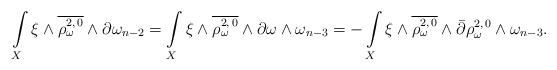
\begin{align*} \int\limits_X \xi \wedge \overline{\rho_\omega^{2,\,0}} \wedge \partial\omega_{n-2}= \int\limits_X \xi \wedge \overline{\rho_\omega^{2,\,0}} \wedge \partial\omega\wedge\omega_{n-3}= - \int\limits_X \xi \wedge \overline{\rho_\omega^{2,\,0}} \wedge \bar\partial \rho_\omega^{2,\,0}\wedge\omega_{n-3}.\end{align*}